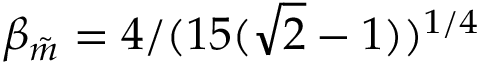
\beta _ { \tilde { m } } = 4 / ( 1 5 ( \sqrt { 2 } - 1 ) ) ^ { 1 / 4 }